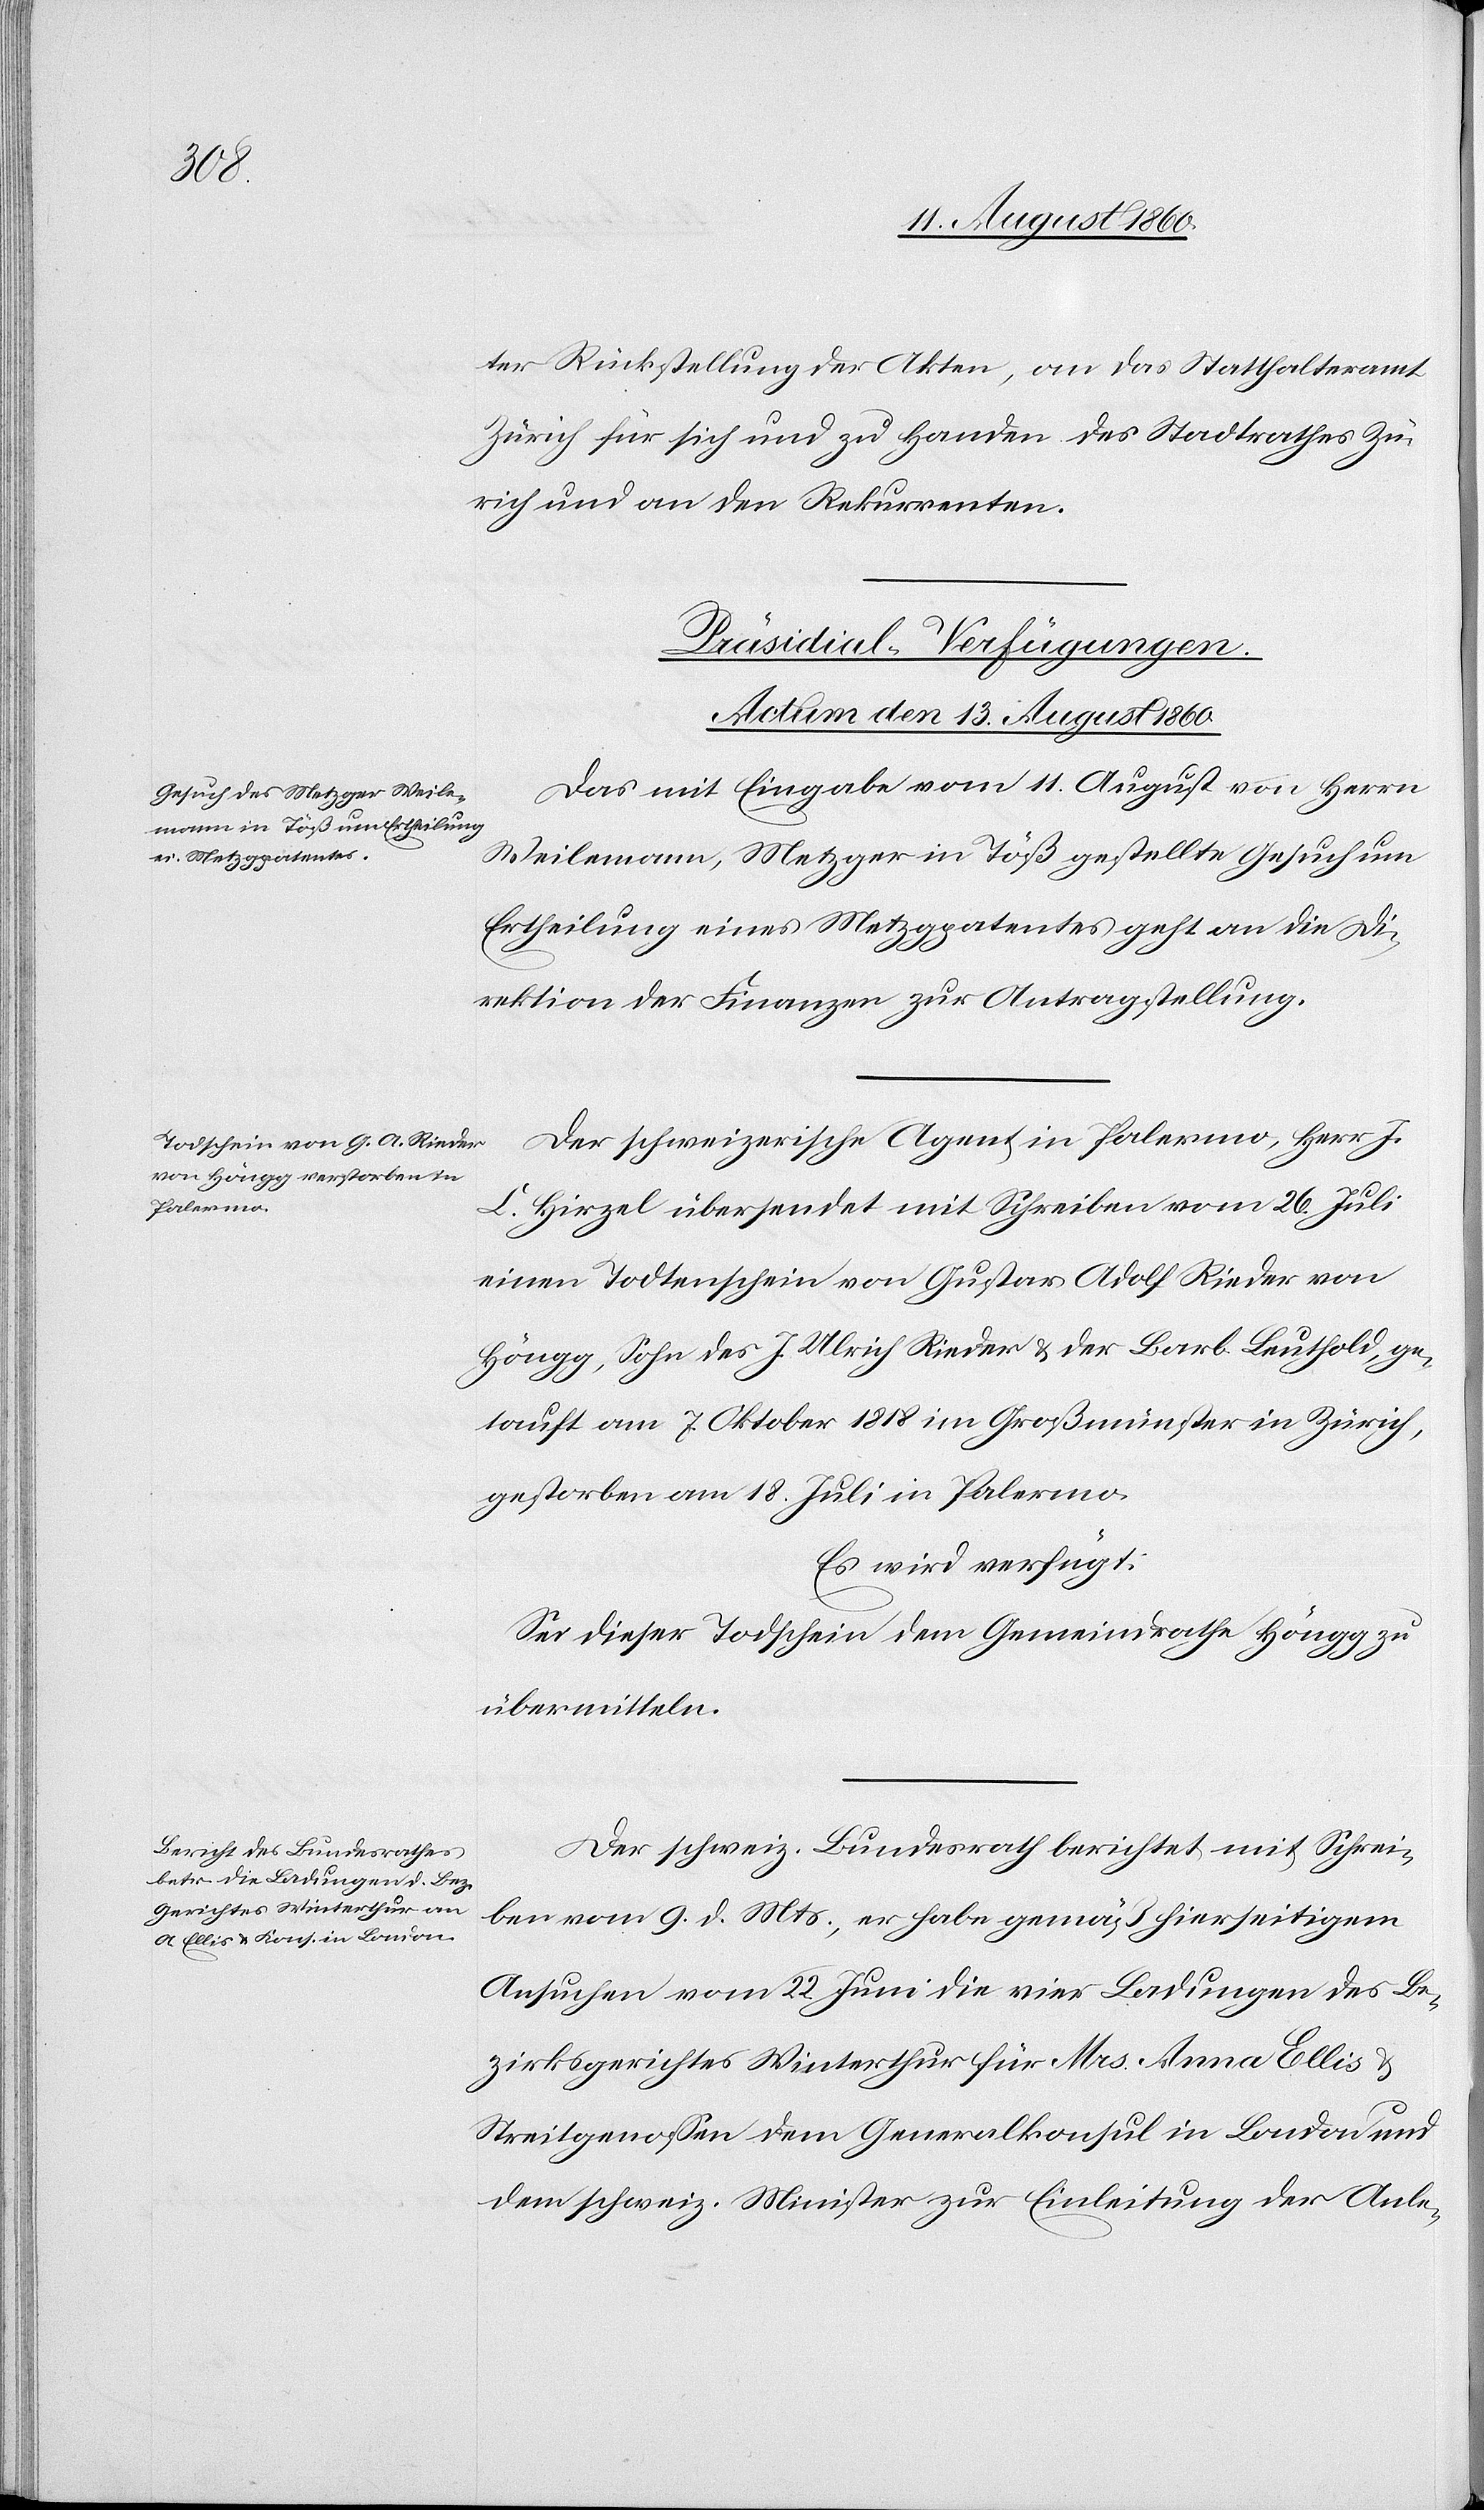
ter Rückstellung der Akten, an das Statthalteramte
Zürich für sich und zu Handen des Stadtrathes Zü¬
rich und an den Rekurrenten.
[Präsidial-Verfügungen.
Actum den 13. August 1860.]
Das mit Eingabe vom 11. August von Herrn
Weilemann, Metzger in Töss gestellte Gesuch um
Ertheilung eines Metzgpatentes geht an die Di¬
rektion der Finanzen zur Antragstellung.
Der schweizerische Agent in Palermo, Herr J.
C. Hirzel übersendet mit Schreiben vom 26. Juli
einen Todtenschein von Gustav Adolf Rieder v.
Höngg, Sohn des J. Ulrich Rieder u. der Barb. Leuthold ge¬
tauft am 7. Oktober 1818 im Grossmünster in Zürich,
gestorben am 18. Juli in Palermo.
Es wird verfügt:
Sei dieser Totschein dem Gemeindrathe Höngg zu
übermitteln.
Der schweiz. Bundesrath berichtetet mit Schrei¬
ben vom 9. d. Mts, er habe gemäss hierseitigem
Ansuchen vom 22. Juni die 4 Ladungen des Be¬
zirksgerichtes Winterthur für Mrs. Anna Ellis u.
Streitgenossen dem Generalkonsul in London und
dem schweiz. Minister zur Einleitung der Anle-